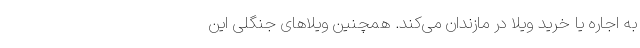
به اجاره یا خرید ویلا در مازندان می‌­کند. همچنین ویلاهای جنگلی این